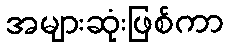
အများဆုံးဖြစ်ကာ